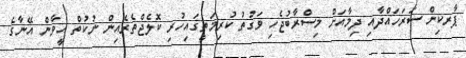
ޕާރކިން ސަރަހައްދާއި ދިމާއަށް މިސްރާބުޖެހި ވަގުތު ކުރިމަތީގައިހުރި ކޮލެޖްތެރެއިން ނުކުތް އީވާން އޭނާގެ